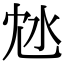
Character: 沊